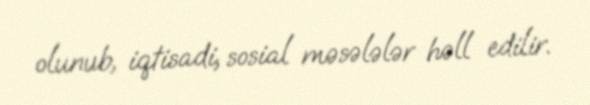
olunub, iqtisadi, sosial məsələlər həll edilir.